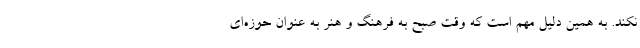
نکند. به همین دلیل مهم است که وقت صبح به فرهنگ و هنر به عنوان حوزه‌ای